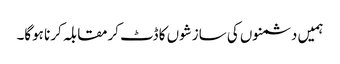
ہمیں دشمنوں کی سازشوں کا ڈٹ کرمقابلہ کرنا ہوگا۔